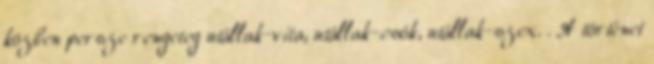
közben persze rengeteg utállak-vita, utállak-csók, utállak-szex. . A történet